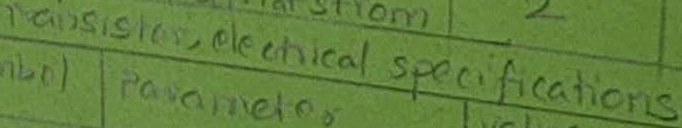
Text: Transistor, electrical specifications